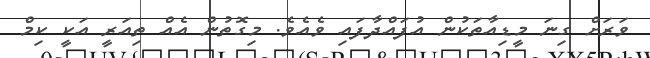
ވަރަށް ގިނަ މީޑިއާތަކުން އުފައްދާފައި ވެއެވެ. މިގޮތުން އެއް ތިއަރީ އަކީ ކިމް